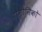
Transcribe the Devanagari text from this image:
दोमोनिको